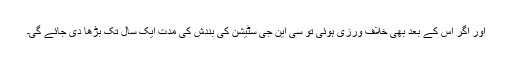
اور اگر اس کے بعد بھی خلاف ورزی ہوئی تو سی این جی سٹیشن کی بندش کی مدت ایک سال تک بڑھا دی جائے گی۔